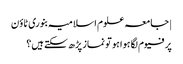
| جامعہ علوم اسلامیہ بنوری ٹاؤن
پرفیوم لگا ہوا ہو تو نماز پڑھ سکتے ہیں؟